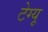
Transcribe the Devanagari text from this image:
टेग्यू